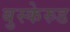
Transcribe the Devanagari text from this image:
बुस्केरुड